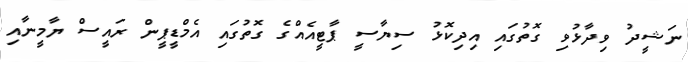
ނަޝީދު ވިދާޅުވި ގޮތުގައި އިދިކޮޅު ސިޔާސީ ޕާޓީއެއްގެ ގޮތުގައި އެމްޑީޕީން ރައީސް ޔާމީނާއި